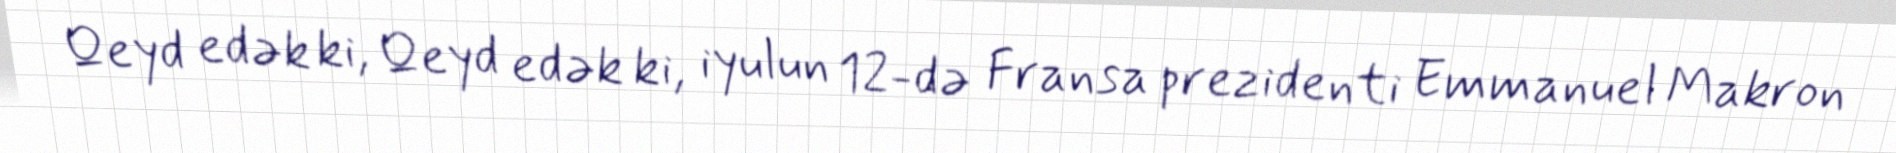
Qeyd edək ki, Qeyd edək ki, iyulun 12-də Fransa prezidenti Emmanuel Makron